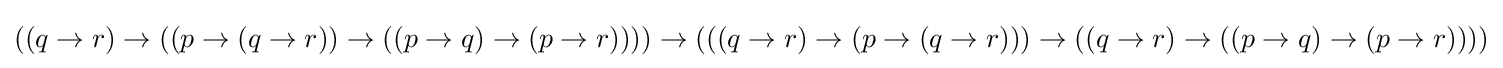
((q\to r)\to ((p\to (q\to r))\to ((p\to q)\to (p\to r))))\to (((q\to r)\to (p\to (q\to r)))\to ((q\to r)\to ((p\to q)\to (p\to r))))